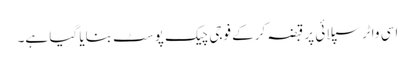
اسی واٹر سپلائی پر قبضہ کرکے فوجی چیک پوسٹ بنایا گیا ہے۔